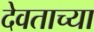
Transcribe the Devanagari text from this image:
देवताच्या